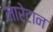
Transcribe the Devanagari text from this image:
मारेटान